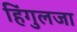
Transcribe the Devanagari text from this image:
हिंगुलजा